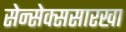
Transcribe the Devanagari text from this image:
सेन्सेक्ससारखा